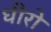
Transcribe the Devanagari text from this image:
धीरो